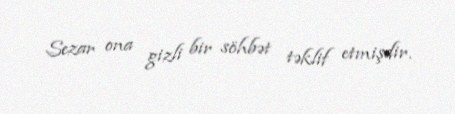
Sezar ona gizli bir söhbət təklif etmişdir.